Annual report of the Punjab Veterinary College and of the Civil Veterinary Department, Punjab - 1926-1932
Year: 1926
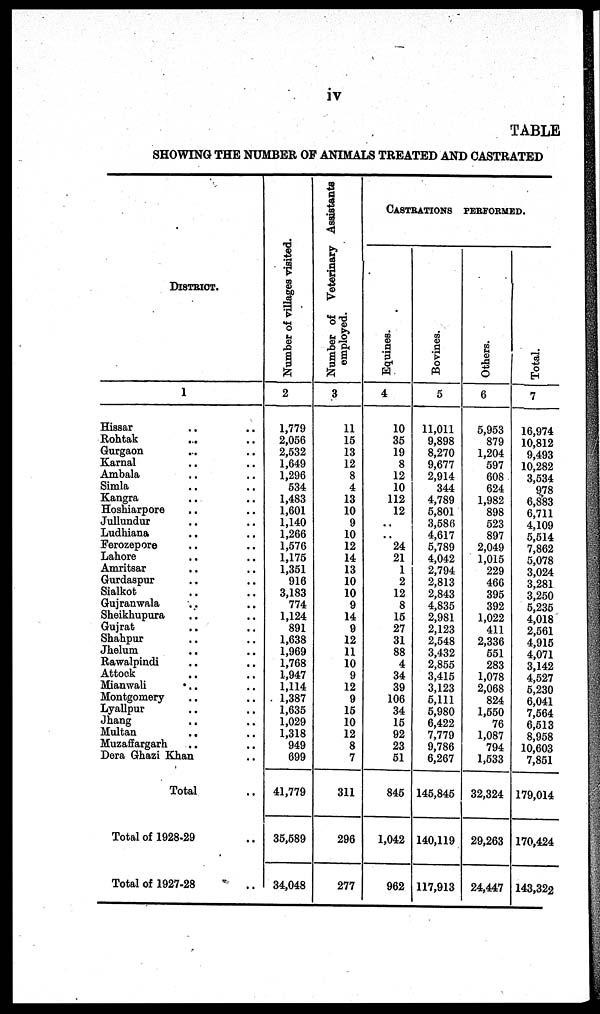
iv
TABLE
SHOWING THE NUMBER OF ANIMALS TREATED AND CASTRATED
DISTRICT.
1
Hissar .. ..
Rohtak .. ..
Gurgaon .. ..
Karnal .. ..
Ambala .. ..
Simla .. ..
Kangra .. ..
Hoshiarpore .. ..
Jullundur .. ..
Ludhiana .. ..
Ferozepore .. ..
Lahore .. ..
Amritsar .. ..
Gurdaspur .. ..
Sialkot .. ..
Gujranwala .. ..
Sheikhupura .. ..
Gujrat .. ..
Shahpur .. ..
Jhelum .. ..
Rawalpindi .. ..
Attock .. ..
Mianwali .. ..
Montgomery .. ..
Lyallpur .. ..
Jhang .. ..
Multan .. ..
Muzaffargarh .. ..
Dera Ghazi Khan ..
Total ..
Total of 1928-29 ..
Total of 1927-28 ..
Number of villages visited.
2
1,779
2,056
2,532
1,649
1,296
534
1,483
1,601
1,140
1,266
1,576
1,175
1,351
916
3,183
774
1,124
891
1,638
1,969
1,768
1,947
1,114
1,387
1,635
1,029
1,318
949
699
41,779
35,589
34,048
Number of Veterinary Assistants
employed.
3
11
15
13
12
8
4
13
10
9
10
12
14
13
10
10
9
14
9
12
11
10
9
12
9
15
10
12
8
7
311
296
277
CASTRATIONS PERFORMED.
Equines.
4
10
35
19
8
12
10
112
12
..
..
24
21
1
2
12
8
15
27
31
88
4
34
39
106
34
15
92
23
51
845
1,042
962
Bovines.
5
11,011
9,898
8,270
9,677
2,914
344
4,789
5,801
3,586
4,617
5,789
4,042
2,794
2,813
2,843
4,835
2,981
2,123
2,548
3,432
2,855
3,415
3,123
5,111
5,980
6,422
7,779
9,786
6,267
145,845
140,119
117,913
Others.
6
5,953
879
1,204
597
608
624
1,982
898
523
897
2,049
1,015
229
466
395
392
1,022
411
2,336
551
283
1,078
2,068
824
1,550
76
1,087
794
1,533
32,324
29,263
24,447
Total.
7
16,974
10,812
9,493
10,282
3,534
978
6,883
6,711
4,109
5,514
7,862
5,078
3,024
3,281
3,250
5,235
4,018
2,561
4,915
4,071
3,142
4,527
5,230
6,041
7,564
6,513
8,958
10,603
7,851
179,014
170,424
143,322